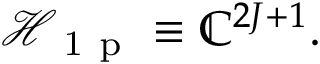
\mathcal { H } _ { \mathrm { ~ 1 ~ p ~ } } \equiv \mathbb { C } ^ { 2 J + 1 } .